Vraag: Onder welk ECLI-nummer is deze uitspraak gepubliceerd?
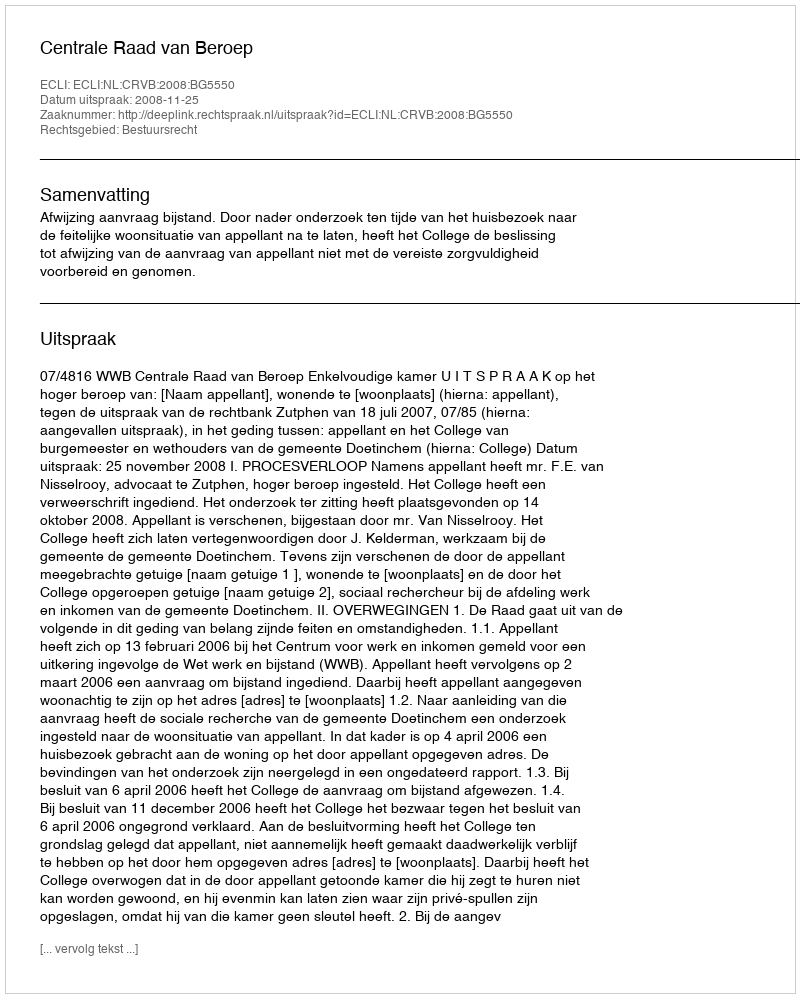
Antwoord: ECLI:NL:CRVB:2008:BG5550